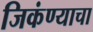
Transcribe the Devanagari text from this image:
जिकंण्याचा